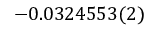
- 0 . 0 3 2 4 5 5 3 ( 2 )